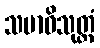
သမာဓိသုတ္တံ